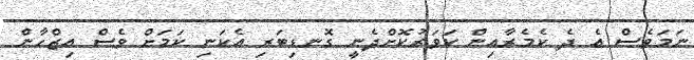
ނަމަވެސް އެ ދެ ކެމެރާއިން ކަވަރުކޮށްދެނީ ގޮނޑިބަރި އެކަނި ކަމަށް ވެސް އިޒްހާން